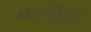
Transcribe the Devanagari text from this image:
फ्ररेटर्निटीस